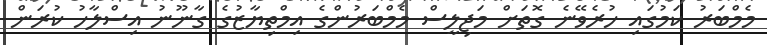
މެމްބަރު ކަމުގައި ހުރެވޭނެ ގޮތަށް މަޖިލީސް މެމްބަރުންގެ އިމްތިޔާޒުގެ ގާނޫނު އިސްލާހު ކުރަން